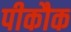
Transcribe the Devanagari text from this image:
पीकौक